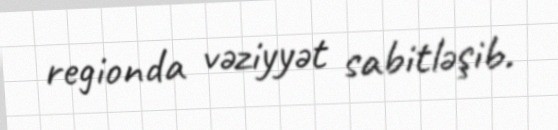
regionda vəziyyət sabitləşib.